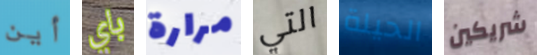
أين باي مرارة التي الحيلة شريكين